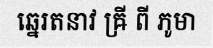
ឆ្នេរតនាវ ឝ្រី ពី ភូមា